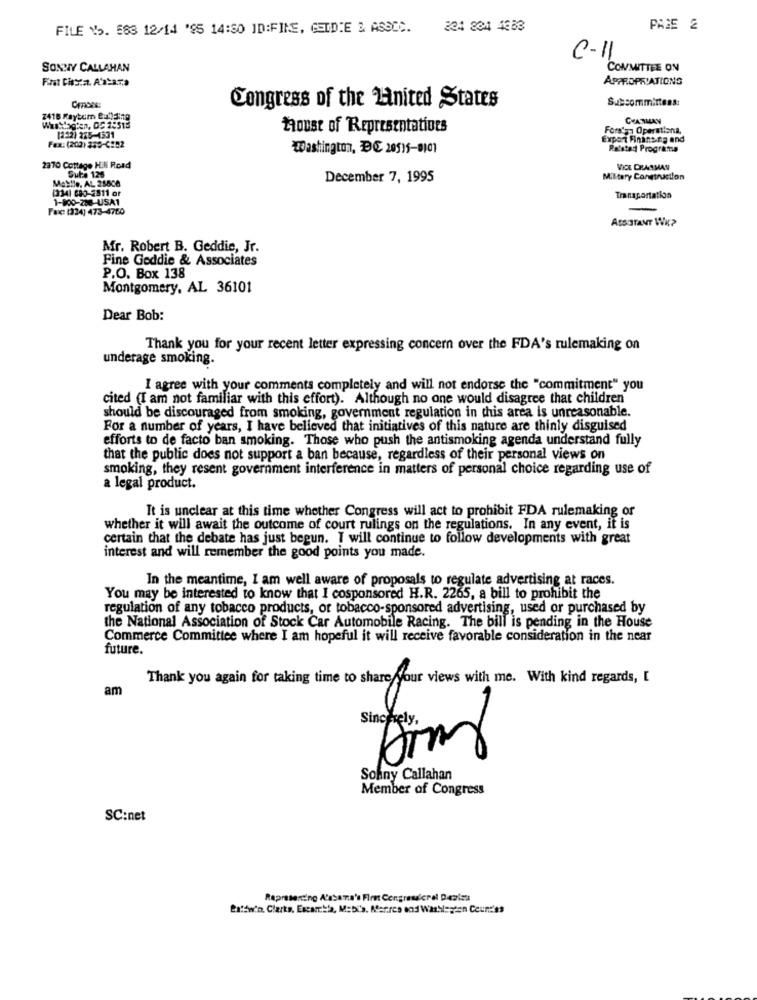
FILE "5. 583 12/14 '95 14:50 ID:FINE, GETDIE & ASSOC.
224 834 4383
PAGE 2
C-1
SONNY CALLAHAN
COMMITTEE ON
First Cista. A'abara
APPROPRIATIONG
Subcommittees:
Congress of the united States
2418 Raytım Building
CHATMAN
House of Representatives
Fora'ga Operationa.
[252) 225-4371
Expert Financing and
Fax: (202) 359-6#82
Washington, DC 20515-0101
Rolstad Programs
2370 Cottage HIN Road
Sure 126
VICE CHAAMAN
Mestle, AL 25808
December 7, 1995
Military Construction
(334) 683-2811 or
1-100-200-USA1
Transportation
Fax (334) 473-4750
ASSISTANT WAP
Mr. Robert B. Geddie, Jr.
Fine Geddie & Associates
P.O. Box 138
Montgomery, AL 36101
Dear Bob:
Thank you for your recent letter expressing concern over the FDA's rulemaking on
underage smoking.
I agree with your comments completely and will not endorse the "commitment" you
cited (I am not familiar with this effort). Although no one would disagree that children
should be discouraged from smoking, government regulation in this area is unreasonable.
For a number of years, I have believed that initiatives of this nature are thinly disguised
efforts to de facto ban smoking. Those who push the antismoking agenda understand fully
that the public does not support a ban because, regardless of their personal views on
smoking, they resent government interference in matters of personal choice regarding use of
a legal product.
It is unclear at this time whether Congress will act to prohibit FDA rulemaking of
whether it will await the outcome of court rulings on the regulations. In any event, it is
certain that the debate has just begun. I will continue to follow developments with great
interest and will remember the good points you made.
In the meantime, I am well aware of proposals to regulate advertising at races.
You may be interested to know that I cosponsored H.R. 2265, a bill to prohibit the
regulation of any tobacco products, or tobacco-sponsored advertising, used or purchased by
the National Association of Stock Car Automobile Racing. The bill is pending in the House
Commerce Committee where I am hopeful it will receive favorable consideration in the near
future.
Thank you again for taking time to share your views with me. With kind regards, [
am
Sokny Callahan
Member of Congress
SC:net
Representing A'ssama'e Firet Congressicrel Daslas
Baldwin. Clarks, Escambia, Mobi's. Marres end WarNegen Ceund'ss